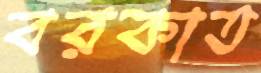
বরকাত